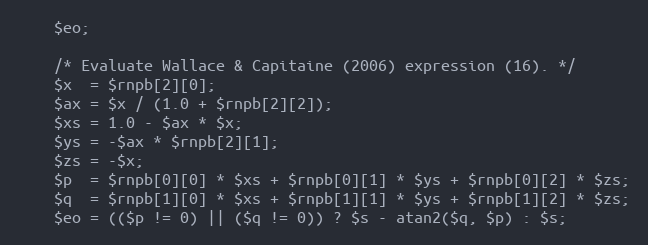
Language: PHP
    $eo;

    /* Evaluate Wallace & Capitaine (2006) expression (16). */
    $x  = $rnpb[2][0];
    $ax = $x / (1.0 + $rnpb[2][2]);
    $xs = 1.0 - $ax * $x;
    $ys = -$ax * $rnpb[2][1];
    $zs = -$x;
    $p  = $rnpb[0][0] * $xs + $rnpb[0][1] * $ys + $rnpb[0][2] * $zs;
    $q  = $rnpb[1][0] * $xs + $rnpb[1][1] * $ys + $rnpb[1][2] * $zs;
    $eo = (($p != 0) || ($q != 0)) ? $s - atan2($q, $p) : $s;